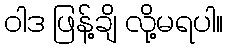
ဝါဒ ဖြန့်ချိ လို့မရပါ။